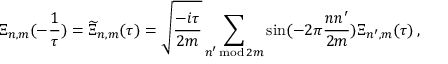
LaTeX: \Xi _ { n , m } ( - \frac { 1 } { \tau } ) = \widetilde { \Xi } _ { n , m } ( \tau ) = \sqrt { \frac { - i \tau } { 2 m } } \sum _ { n ^ { \prime } \, \mathrm { m o d } \, 2 m } \sin ( - 2 \pi \frac { n n ^ { \prime } } { 2 m } ) \Xi _ { n ^ { \prime } , m } ( \tau ) \, ,